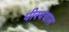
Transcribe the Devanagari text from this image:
पीरपंचाल